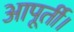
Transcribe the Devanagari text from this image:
आपूर्ती।